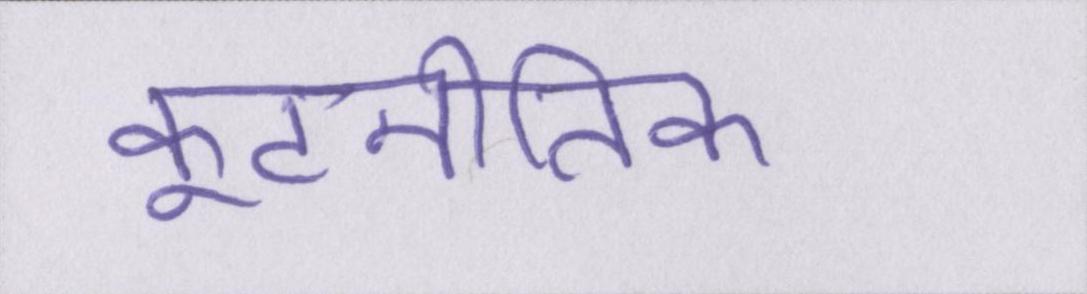
कूटनीतिक